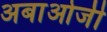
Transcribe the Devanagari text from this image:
अबाओजी